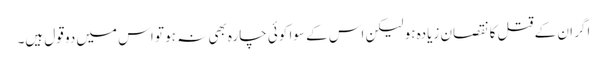
اگر ان کے قتل کا نقصان زیادہ ہو لیکن اس کے سوا کوئی چارہ بھی نہ ہو تو اس میں دو قول ہیں۔